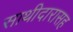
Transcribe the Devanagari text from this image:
साथीदारासह